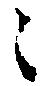
之